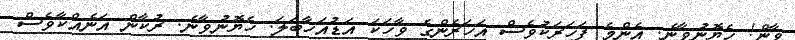
ވާން! ހެޔޮނުވާނެ. އެންމެ ފަހަރަކުވެސް އަހަރެންގެ ވާހަކަ އަޑުއަހާބަލަ. ހެޔޮނުވާނެ. ރުކާން އަނެއްކާވެސް